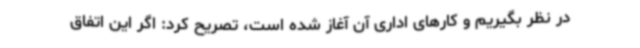
در نظر بگیریم و کارهای اداری آن آغاز شده است، تصریح کرد: اگر این اتفاق